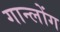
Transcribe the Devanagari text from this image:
गान्लोंग